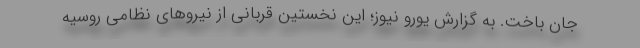
جان باخت. به گزارش یورو نیوز؛ این نخستین قربانی از نیروهای نظامی روسیه